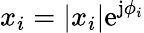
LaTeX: x_{i}=|x_{i}|\mathrm{e}^{\mathrm{j}\phi_{i}}